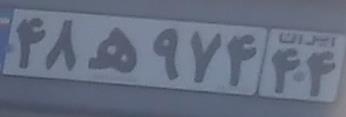
۴۸ه۹۷۴۴۴